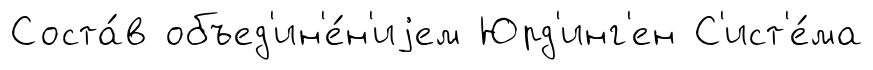
Соста́в объед'ин'е́н'иjем Юрд'инг'ен С'ист'е́ма